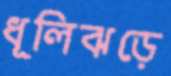
ধূলিঝড়ে